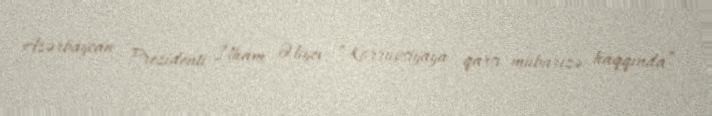
Azərbaycan Prezidenti İlham Əliyev “Korrupsiyaya qarşı mübarizə haqqında”